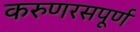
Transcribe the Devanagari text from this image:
करुणरसपूर्ण